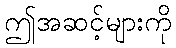
ဤအဆင့်များကို